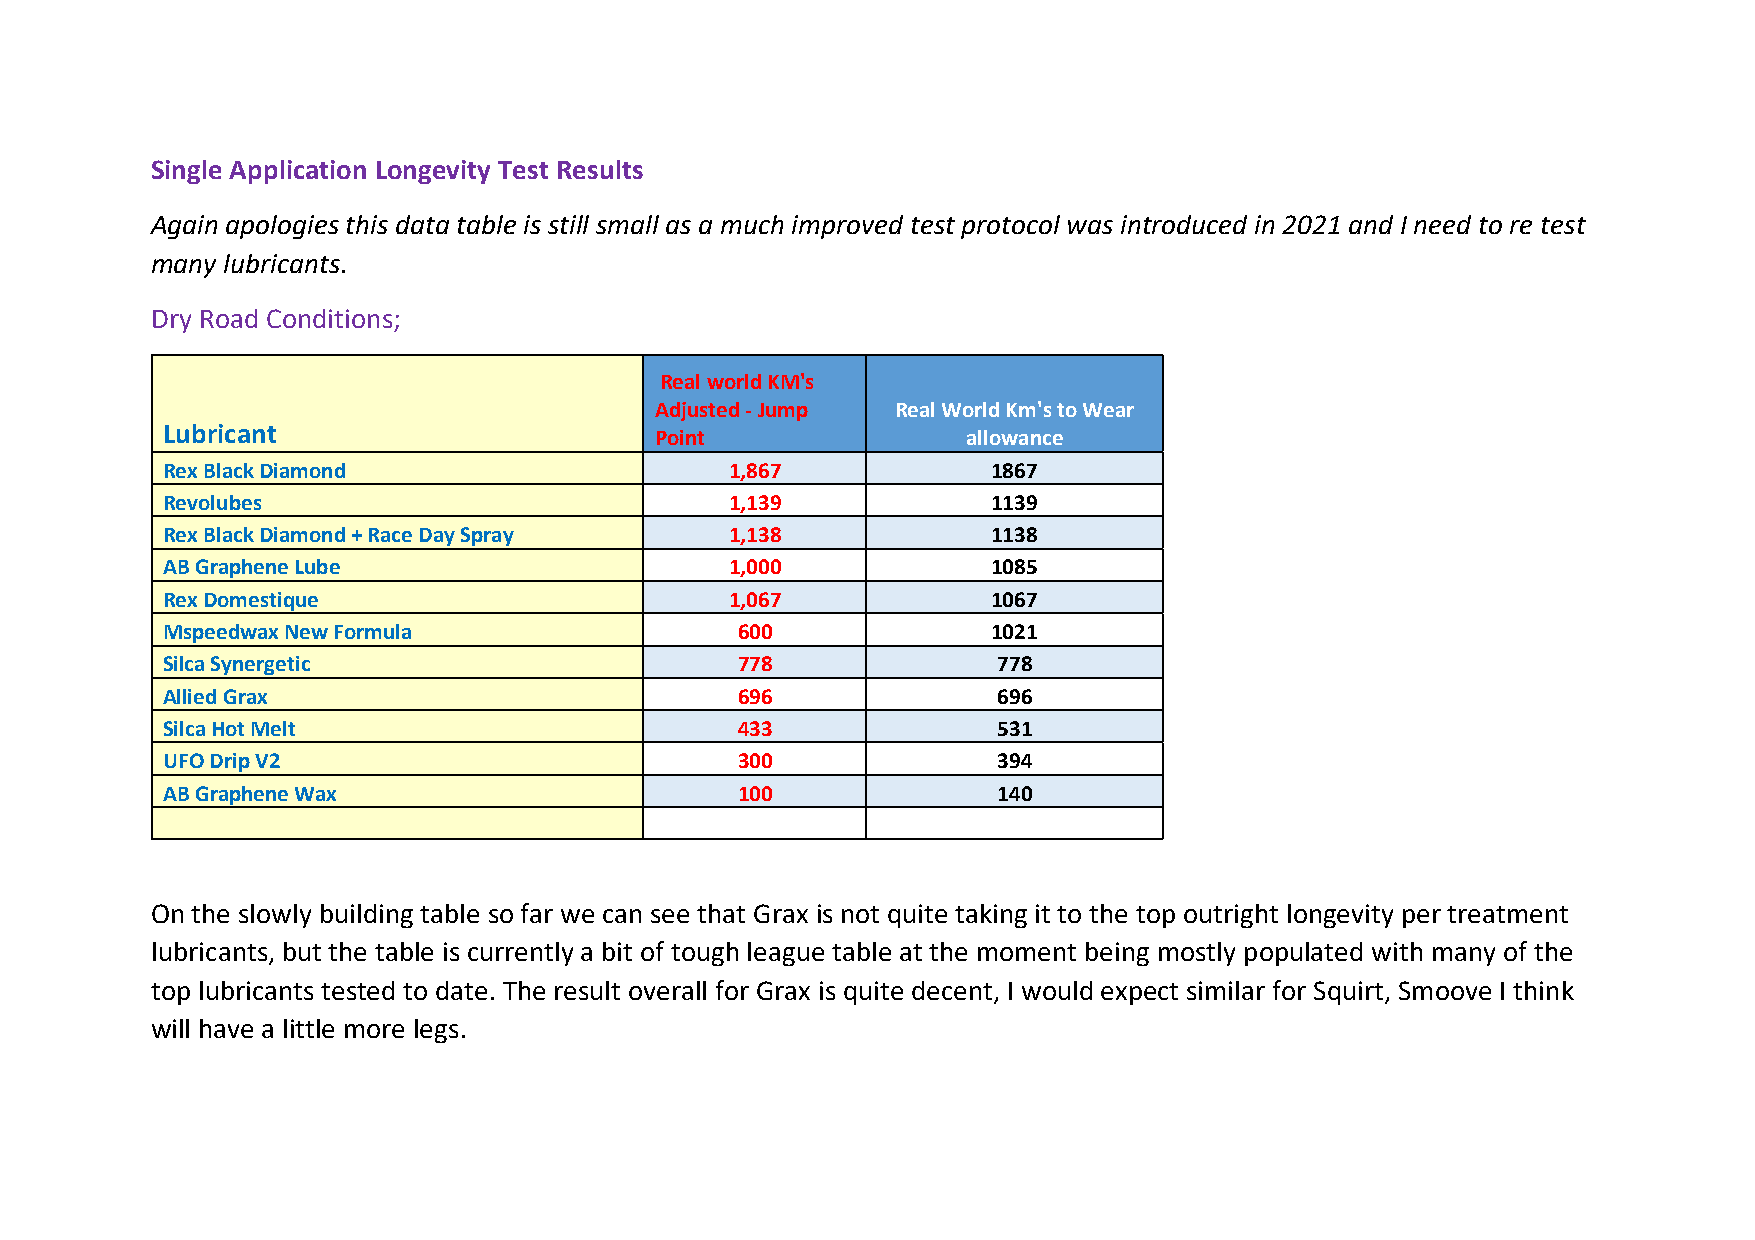
Single Application Longevity Test Results
 Again apologies this data table is still small as a much improved test protocol was introduced in 2021 and I need to re test
 many lubricants.
 Dry Road Conditions;
 Real world KM's
 Adjusted - Jump Real World Km's to Wear
 Lubricant
 Point                allowance
 Rex Black Diamond                    1,867             1867
 Revolubes                            1,139             1139
 Rex Black Diamond + Race Day Spray   1,138             1138
 AB Graphene Lube                     1,000             1085
 Rex Domestique                       1,067             1067
 Mspeedwax New Formula                 600              1021
 Silca Synergetic                      778              778
 Allied Grax                           696              696
 Silca Hot Melt                        433              531
 UFO Drip V2                           300              394
 AB Graphene Wax                       100              140
 On the slowly building table so far we can see that Grax is not quite taking it to the top outright longevity per treatment
 lubricants, but the table is currently a bit of tough league table at the moment being mostly populated with many of the
 top lubricants tested to date. The result overall for Grax is quite decent, I would expect similar for Squirt, Smoove I think
 will have a little more legs.